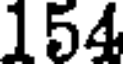
154